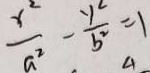
\frac { x ^ { 2 } } { a ^ { 2 } } - \frac { y ^ { 2 } } { b ^ { 2 } } = 1